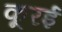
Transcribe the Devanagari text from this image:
कूरई